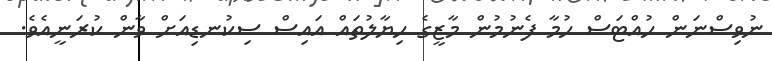
ނުވިސްނަން ހުއްޓަސް ހުމާ ފެނުމުން މާޒީގެ ހިޔާލުތައް އައިސް ސިކުނޑިއަށް ވާން ކުރަނީއެވެ.